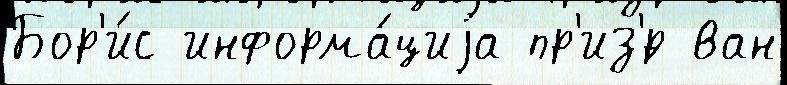
Бор'и́с информа́циjа пр'из'́р ван